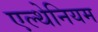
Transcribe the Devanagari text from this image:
एल्थेनियम